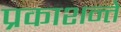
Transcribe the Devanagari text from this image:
प्रकाशन्ते